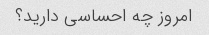
امروز چه احساسی دارید؟